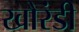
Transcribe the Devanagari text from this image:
खौरंडी